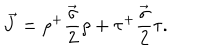
\vec { J } = \rho ^ { + } \frac { \vec { \sigma } } { 2 } \rho + \tau ^ { + } \frac { \vec { \sigma } } { 2 } \tau .